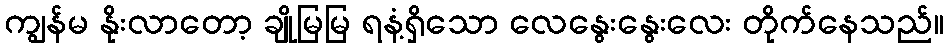
ကျွန်မ နိုးလာတော့ ချိုမြမြ ရနံ့ရှိသော လေနွေးနွေးလေး တိုက်နေသည်။